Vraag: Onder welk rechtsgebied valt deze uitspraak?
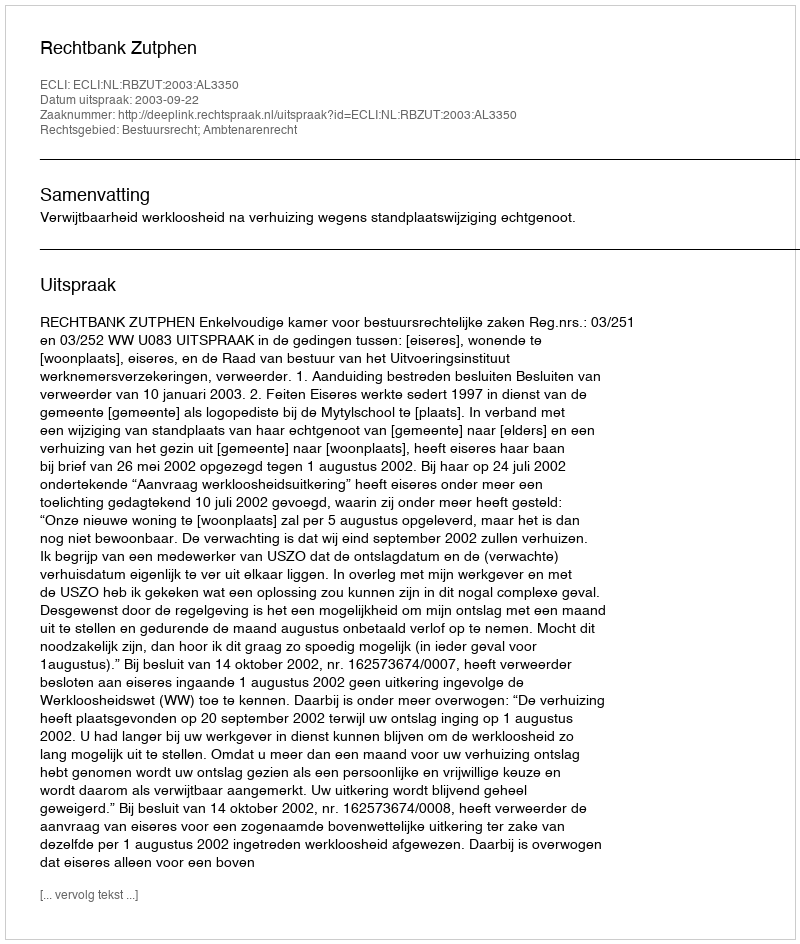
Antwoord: Bestuursrecht; Ambtenarenrecht